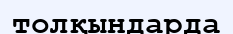
толқындарда